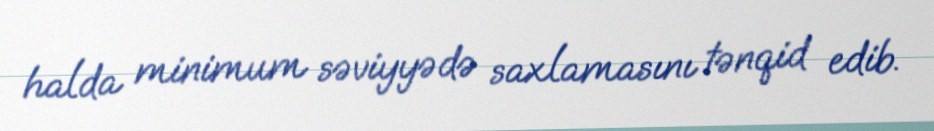
halda minimum səviyyədə saxlamasını tənqid edib.